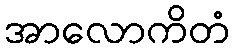
အာလောကိတံ